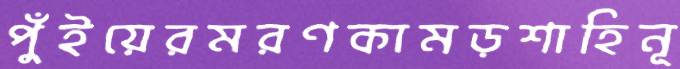
পুঁইয়েরমরণকামড়শাহিনূ